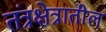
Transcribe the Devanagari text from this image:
तंत्रक्षेत्रातील